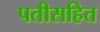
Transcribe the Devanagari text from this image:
पतीसहित